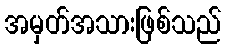
အမှတ်အသားဖြစ်သည်